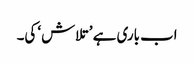
اب باری ہے ’تلاش‘ کی۔